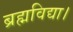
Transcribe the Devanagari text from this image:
ब्रह्मविद्या।